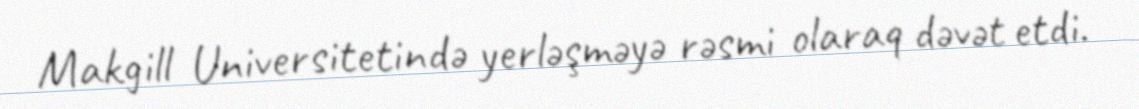
Makgill Universitetində yerləşməyə rəsmi olaraq dəvət etdi.